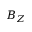
B _ { Z }